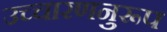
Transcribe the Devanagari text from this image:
उच्चारणनुरूप